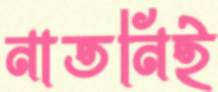
নাতনিই